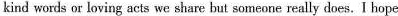
kind words or loving acts we share but someone really does. I hope